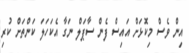
އިން ވެސް މިކޮޅަށް އައިސް ފެން ސާޕަލް ނަގާ އެކަހަލަ ކަންތަށް ކުރި